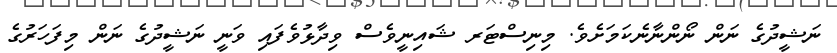
ނަޝީދުގެ ނަން ނޯންނާނެކަމަށެވެ. މިނިސްޓަރ ޝައިނީވެސް ވިދާޅުވެފައި ވަނީ ނަޝީދުގެ ނަން މިފަހަރުގެ